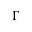
\Gamma